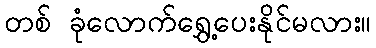
တစ် ခုံလောက်ရွှေ့ပေးနိုင်မလား။